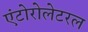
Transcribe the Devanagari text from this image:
एंटोरोलेटरल